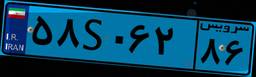
۴۰S۷۵۳۸۳